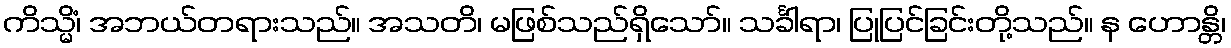
ကိသ္မိံ၊ အဘယ်တရားသည်။ အသတိ၊ မဖြစ်သည်ရှိသော်။ သင်္ခါရာ၊ ပြုပြင်ခြင်းတို့သည်။ န ဟောန္တိ၊